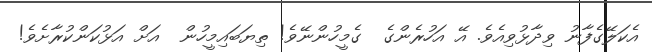
އެކަލޭގެފާނު ވިދާޅުވިއެވެ. އޭ އަހުރެންގެ  ގެމީހުންނޭވެ! ތިޔަބައިމީހުން  އަށް އަޅުކަންކުރާށެވެ!